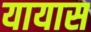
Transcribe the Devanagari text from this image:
यायास